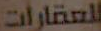
للعقارات